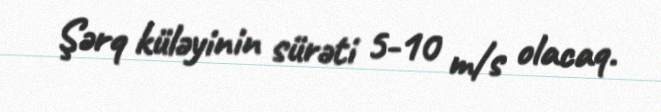
Şərq küləyinin sürəti 5-10 m/s olacaq.